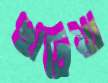
ছাতিয়া